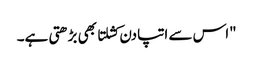
"اس سے اتپادن کشلتا بھی بڑھتی ہے۔